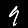
Digit: 9